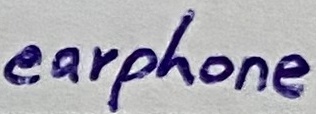
Text: earphone